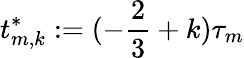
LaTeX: t_{m,k}^{*}:=(-\frac 23+k)\tau_{m}